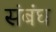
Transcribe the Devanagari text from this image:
संबंघ